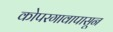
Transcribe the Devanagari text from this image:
कोपरगावापासून